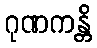
ဂုဏကန္တိ